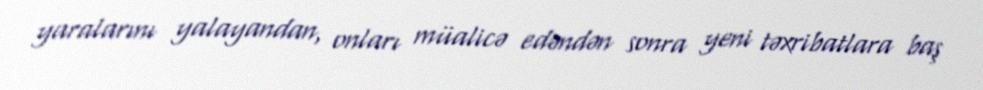
yaralarını yalayandan, onları müalicə edəndən sonra yeni təxribatlara baş